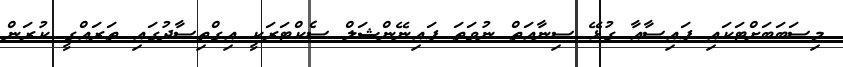
މިސަބަބަށްޓަކައި ފައިސާއާ ގުޅޭ ސިނާއަތް ނުވަތަ ފައިނޭންޝަލް ސެކްޓަރަކީ އިގްތިސާދުގައި ތަރައްގީ ކުރަން